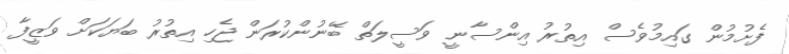
ފެށުމުން ގައިމުވެސް އިތުރު އިންސާނީ ވަސީލަތް ބޭނުންކުރަން ޖެހި އިތުރު ބަޔަކަށް ވަޒީފާ